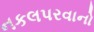
નકલપરવાનો